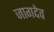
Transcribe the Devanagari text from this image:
जागदेव